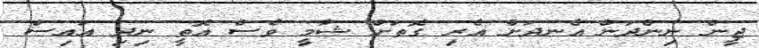
ޖީން ނިންދަން އެނދަށް އެރި ގޮތަށް ޝާމީ ވެސް އޮތީ ނިދި އައިސް